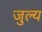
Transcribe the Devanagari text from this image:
जुल्य